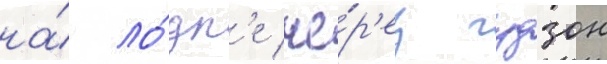
на́ ло́дк'е че́р'ез гудзон